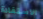
الاستفادة